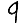
Digit: 9